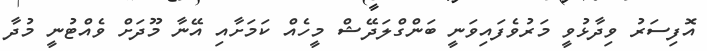
އޮފިސަރު ވިދާޅުވީ މަރުވެފައިވަނީ ބަންގްލަދޭޝް މީހެއް ކަމަށާއި އޭނާ މޫދަށް ވެއްޓުނީ މުދާ